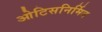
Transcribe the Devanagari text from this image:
ओटिसनिर्मित